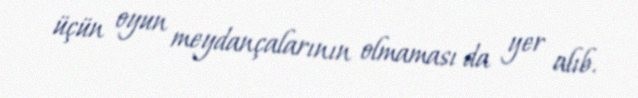
üçün oyun meydançalarının olmaması da yer alıb.